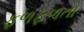
ફળફળતો